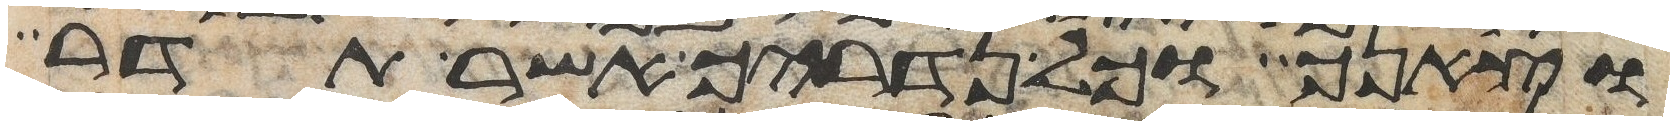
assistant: וצאנך וכל נדריך אשר תדר